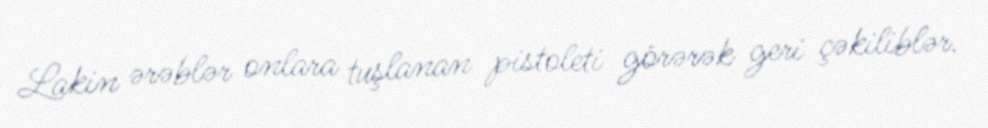
Lakin ərəblər onlara tuşlanan pistoleti görərək geri çəkiliblər.